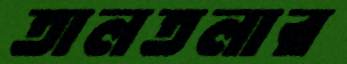
তালতলার